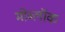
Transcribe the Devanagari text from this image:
मोब्लॉक